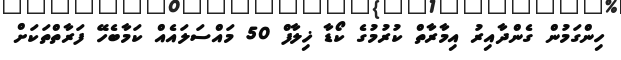
ހިންގަމުން ގެންދާއިރު އިމާރާތް ކުރުމުގެ ކޯޑާ ޚިލާފް 50 މައްސަލައެއް ކަމާބެހޭ ފަރާތްތަކަށް